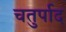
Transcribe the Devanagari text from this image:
चतुर्पाद